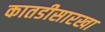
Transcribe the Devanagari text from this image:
कातडीसारखा